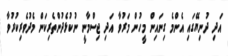
އަދި ދުނިޔޭގައި އެންމެ ގިނައިން މީހުން މަރުވާ އަދި ޖިސްމާނީ ނުކުޅެދުންތެރިކަން މެދުވެރިކުރުވާ